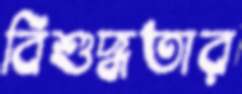
বিশুদ্ধতার